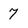
Character: 7